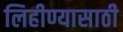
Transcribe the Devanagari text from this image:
लिहीण्यासाठी